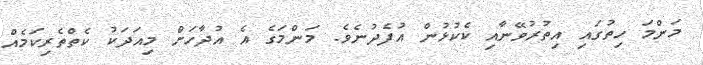
މަންމަ ހިތުގައި އިތުރުވޭނާއި ކެކުޅުން އުފެދުނެވެ. މަންމަގެ އެ އުދާހަށް މިއަދަކު ކެތްތެރިކަމެއް